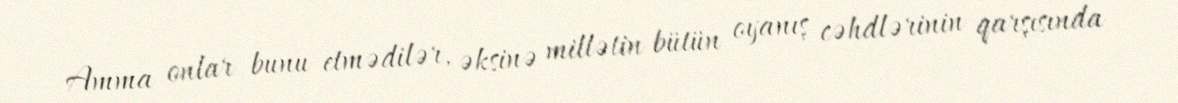
Amma onlar bunu etmədilər, əksinə millətin bütün oyanış cəhdlərinin qarşısında